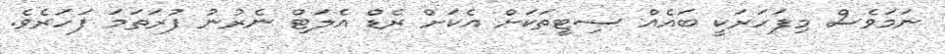
ނަމަވެސް މިފަހަރަކީ ބައެއް ސިޓީތަކަށް އެކަށް ރެޑް އެލަޓް ނެރުނު ފުރަތަމަ ފަހަރެވެ.